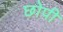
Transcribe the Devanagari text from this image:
छोपी